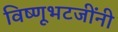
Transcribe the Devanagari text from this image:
विष्णूभटजींनी